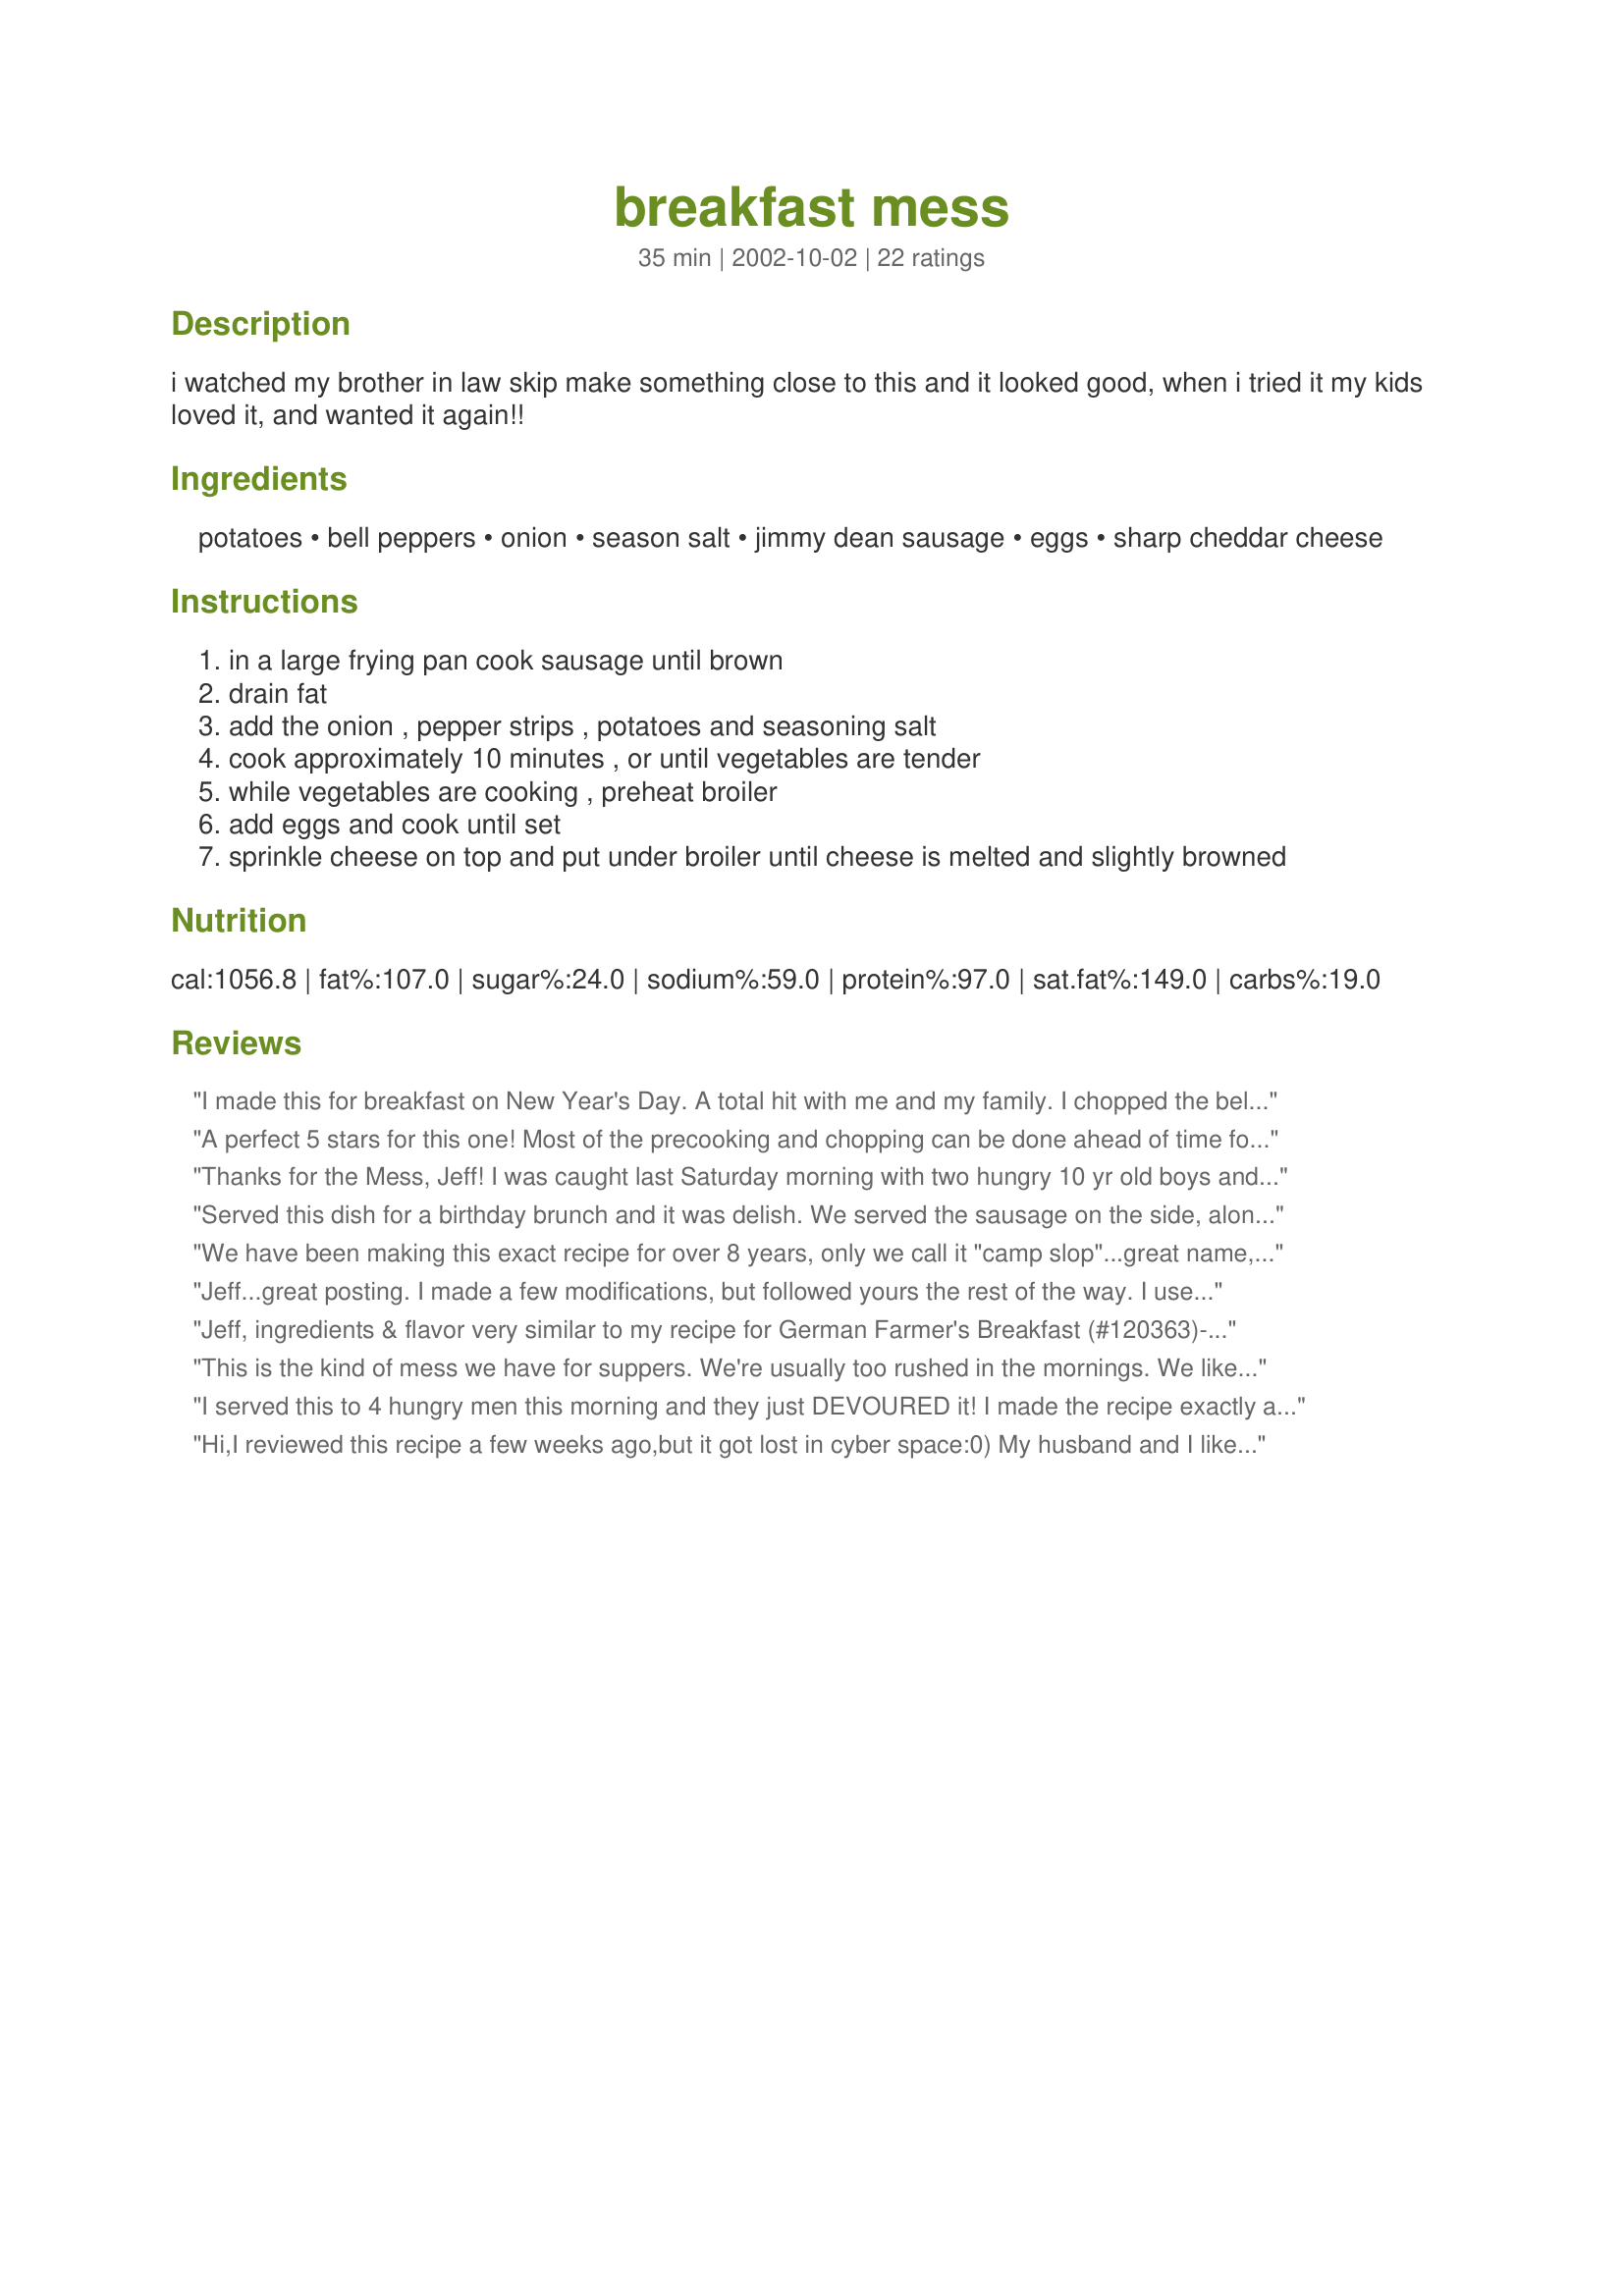
breakfast mess
Preparation time: 35 minutes

i watched my brother in law skip make something close to this and it looked good, when i tried it my kids loved it, and wanted it again!!

Ingredients:
potatoes, bell peppers, onion, season salt, jimmy dean sausage, eggs, sharp cheddar cheese

Steps:
in a large frying pan cook sausage until brown
drain fat
add the onion , pepper strips , potatoes and seasoning salt
cook approximately 10 minutes , or until vegetables are tender
while vegetables are cooking , preheat broiler
add eggs and cook until set
sprinkle cheese on top and put under broiler until cheese is melted and slightly browned

Reviews:
I made this for breakfast on New Year's Day. A total hit with me and my family. I chopped the bell pepper and onion so my kids wouldn't notice they were eating them. That is the only alteration I made. I served this "mess" with Bergy's biscuits. Very, very delicious. Thanks Jeff (aka Puddles) ;)
A perfect 5 stars for this one! Most of the precooking and chopping can be done ahead of time for a quick but fabulous breakfast. I like a sprinkle of parmesan cheese over the top as well. I may try with ham next time. Thank you Jeffie for sharing.
Thanks for the Mess, Jeff! I was caught last Saturday morning with two hungry 10 yr old boys and nothing planned. I frantically searched and found your recipe. I had to substitute frozen hashbrowns for the potatoes, but it seemed to work out just fine. The boys loved it with ketchup, i ate it with salsa. Very good! Oh, and by the way, the boys got a big kick out of the name! LOL
Served this dish for a birthday brunch and it was delish. We served the sausage on the side, along with bacon and ham for guests choice of meat
We have been making this exact recipe for over 8 years, only we call it "camp slop"...great name, eh? LOL...Dave always makes this over the fire for breakfast when we go camping, hence the name. We just toss whatever we have in the pan as well -- this is really good with very finely chopped fresh jalapenos and served with Frank's Hot Sauce! The only thing I do differently is to skip the broiler step -- I just put a lid on top of the pan and heat until the cheese melts. Thanks, Jeff!
Jeff...great posting. I made a few modifications, but followed yours the rest of the way. I used broiled bacon instead of sausage, broke recipe down for two of us using 3 eggs and after cooking everything in the skillet, I placed mixture in individual crock and topped with cheese brfore broiling. Hubby and I gobbled these up. Definately a keeper.
Jeff, ingredients & flavor very similar to my recipe for German Farmer's Breakfast (#120363)- I never thought of using the broiler though. Delicious!
This is the kind of mess we have for suppers. We're usually too rushed in the mornings. We like it really well, except I leave out the peppers (they don't like me much). Good one, Jeff.
I served this to 4 hungry men this morning and they just DEVOURED it! I made the recipe exactly as posted. It was very easy to make. I served it with biscuits and blackberry jam. It was a big hit, and I will definitly make this again. Thanks Jeff!
Hi,I reviewed this recipe a few weeks ago,but it got lost in cyber space:0)
My husband and I liked this recipe very much.When I make it again I will bake extra potatoes the night before.That way it will be even easier to make.
Thank you for sharing your recipe.

Hi Jeff, I made this for brunch today for my family, and it was a big hit, I actually prepared two recipes of this as I had lots of hungy mouths to feed. I had my cooked poatoes ready the night before, and made just as directed. Thanks so much for posting this wonderful recipe Jeff, I will be making this again...Kittencal
We had this for dinner last night and it was wonderful. I cut it back so make just a couple servings and we thoroughly enjoyed every bite. Instead of sausage, I used some diced up ham. I made this for Jeffie's Cook-a-thon.
I love this 'mess'. I make do it as a make ahead too, for busy mornings. The only changes I make are that I use Jimmy Dean's reduced fat sausage, 2 whole eggs and 8 egg whites, and 2% shredded cheddar to protect my 'girlish figure'. Excellent meal!
Tasty and quick recipe.
This is a dandy little dish! We loved it!
I diced the taters, and boiled them for a bit, browned up homemade breakfast sausage, and threw it all together in a skillet...Couldn't be easier...or...tastier!!
Big 5* Winner, Jeff!
I gave this 5 stars. I make something very close to this recipe. I do not use seasoned salt or sharp cheddar. I make homefries, fry onions, green peppers, & sausage, and scramble my eggs. I freeze all of these seprate once frozen I combine them together and heat when ready to serve. Thanks for posting a great recipe. Christine (internetnut)
This is a wonderful dish and so easy to make. Actually, I prepared everything except the eggs and cheese the night before. The next morning I re-heated it in the micro to loosen it up a bit and then added the eggs and cooked in a pan on the stove until the eggs were set. Then added the cheese and broiled it until melted. What a quick way to make a full-flavored breakfast with hardly any effort. This is a "keeper" recipe, Jeff. Thanks for sharing. :-)

Made this using Canadian Bacon and of course adding all the rest of the things I love this was a hit for sure. Loved it. This would make good Breakfast, lunch or dinner for me. One of those any time meals. This is a Keeper. Thanks for printing it Jeff and thumbs up on your recouperation! You're in our thoughts.
It was very good. It tasted a lot like a breakfast casserole I make without all the work. I also substituted hash browns because I thought the kids would like it better. Good and easy!
Take that "mess", put it on a warmed tortilla, add a little salsa, and you've got a breakfast burrito! They go over really well with kids, and can be prepared in advance (except for the eggs) the night before for slumber party breakfasts or when you have company.
Jeffie,
I know you stole this recipe from Skip but I'll give you credit anyway...lol. This is such a versitile recipe..great for a breakfast or brunch. love it!
Baked the potatoes in the morning and made this for dinner. Yummy. Husband loved it. I got to have the leftovers rewarmed for breakfast the next day.
